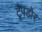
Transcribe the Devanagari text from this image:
ट्रैपडोर